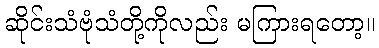
ဆိုင်းသံဗုံသံတို့ကိုလည်း မကြားရတော့။